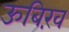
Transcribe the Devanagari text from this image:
ऊबिख़